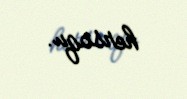
hersoqu.